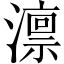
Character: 𪷤